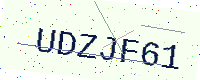
Text: UDZJF61